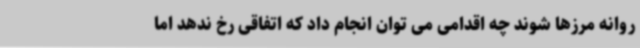
روانه مرزها شوند چه اقدامی می توان انجام داد که اتفاقی رخ ندهد اما